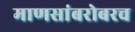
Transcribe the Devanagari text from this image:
माणसांबरोबरच